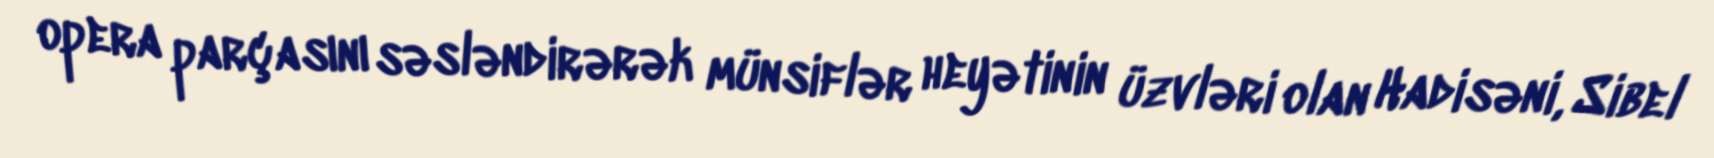
opera parçasını səsləndirərək münsiflər heyətinin üzvləri olan Hadisəni, Sibel